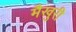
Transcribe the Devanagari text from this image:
मैखुरी